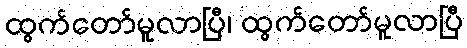
ထွက်တော်မူလာပြီ၊ ထွက်တော်မူလာပြီ